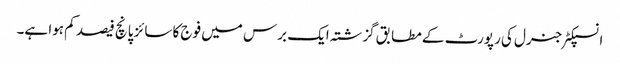
انسپکٹر جنرل کی رپورٹ کے مطابق گزشتہ ایک برس میں فوج کا سائز پانچ فیصد کم ہوا ہے۔